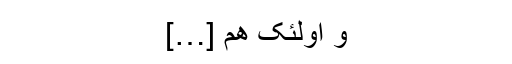
وَ اُولٰئِکَ ھُمُ […]